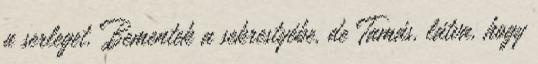
a serleget. Bementek a sekrestyébe, de Tamás, látva, hogy